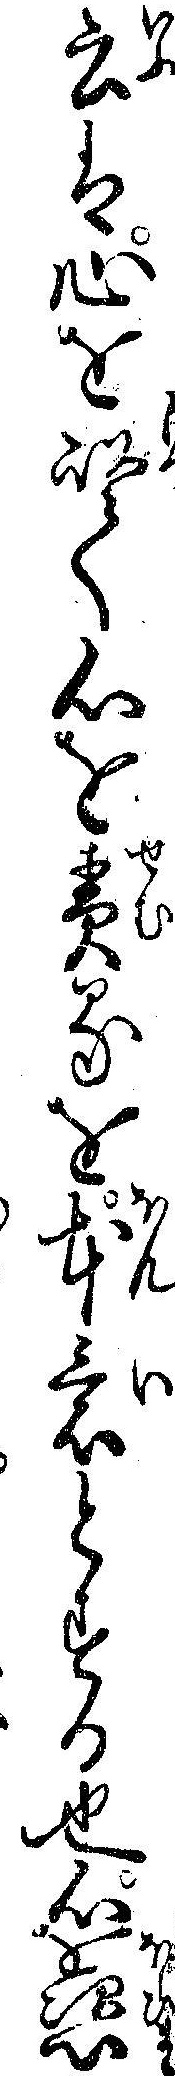
云は心を以て心を責るを本意とする也心を恣